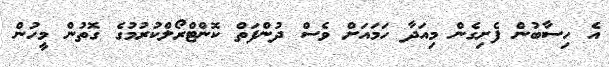
އެ ހިސާބުން ފެށިގެން މިއަދާ ހަމައަށް ވެސް ދުންފަތް ކޮންޓްރޯލްކުރުމުގެ ގޮތުން މީހުން